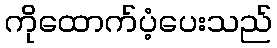
ကိုထောက်ပံ့ပေးသည်